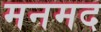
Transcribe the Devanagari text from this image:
मनमद